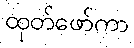
ထုတ်ဖော်ကာ